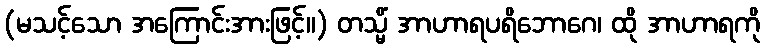
(မသင့်သော အကြောင်းအားဖြင့်။) တသ္မိံ အာဟာရပရိဘောဂေ၊ ထို အာဟာရကို